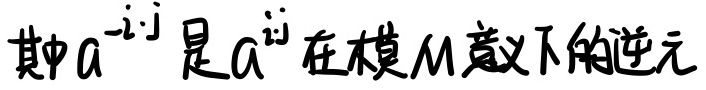
其中$a^{-i\cdot j}$是$a^{i\cdot j}$在模$M$意义下的逆元